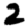
Digit: 2